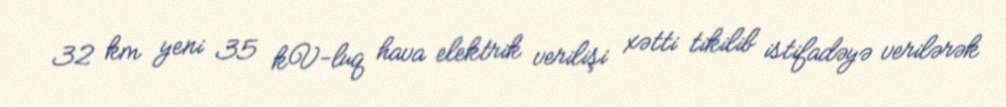
32 km yeni 35 kV-luq hava elektrik verilişi xətti tikilib istifadəyə verilərək